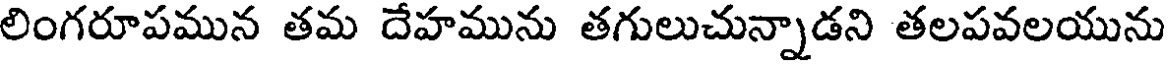
లింగరూపమున తమ దేహమును తగులుచున్నాడని తలపవలయును